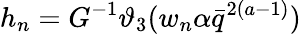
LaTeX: h_{n}=G^{-1}\vartheta_{3}(w_{n}\alpha\bar{q}^{2(a-1)})